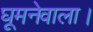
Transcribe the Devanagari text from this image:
घूमनेवाला।